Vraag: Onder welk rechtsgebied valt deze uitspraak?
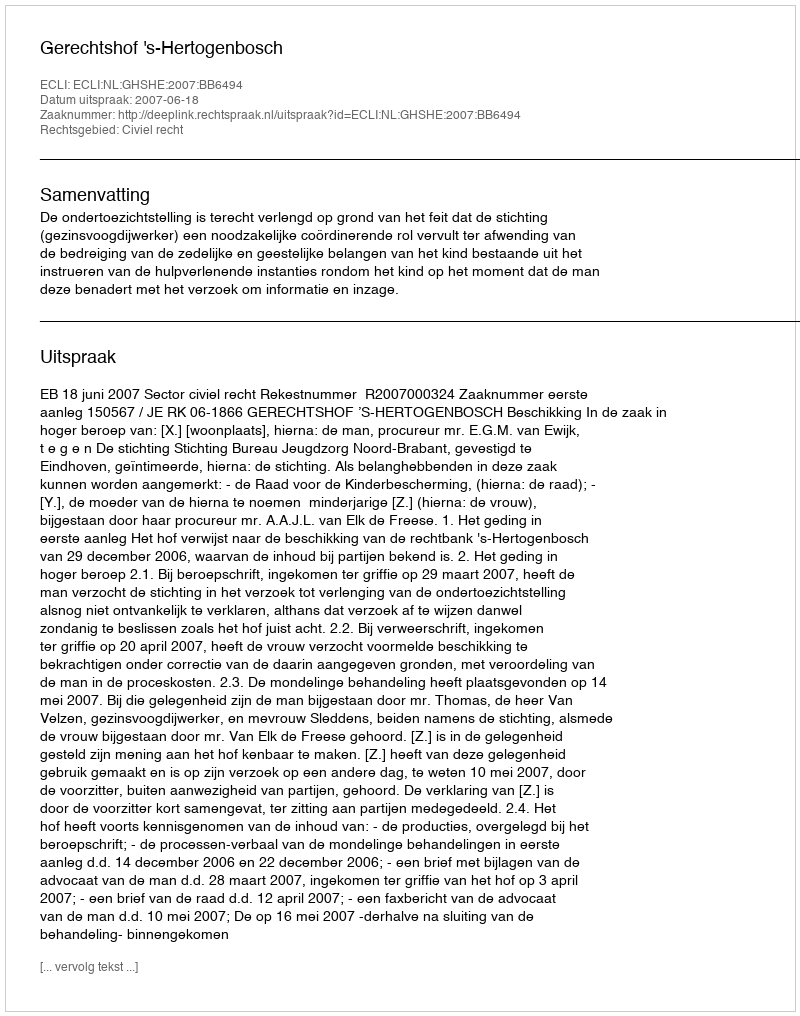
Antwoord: Civiel recht